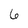
Character: 6